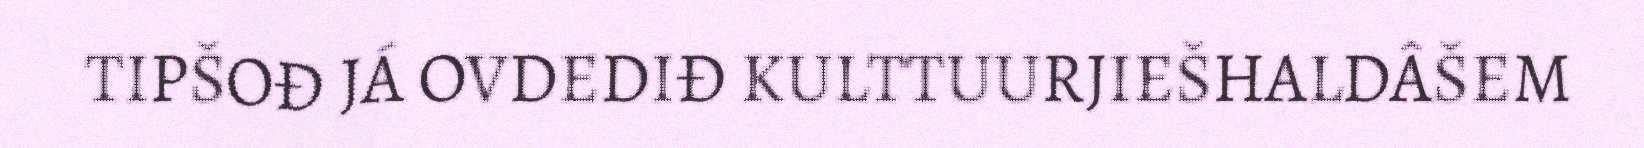
TIPŠOĐ JÁ OVDEDIĐ KULTTUURJIEŠHALDÂŠEM